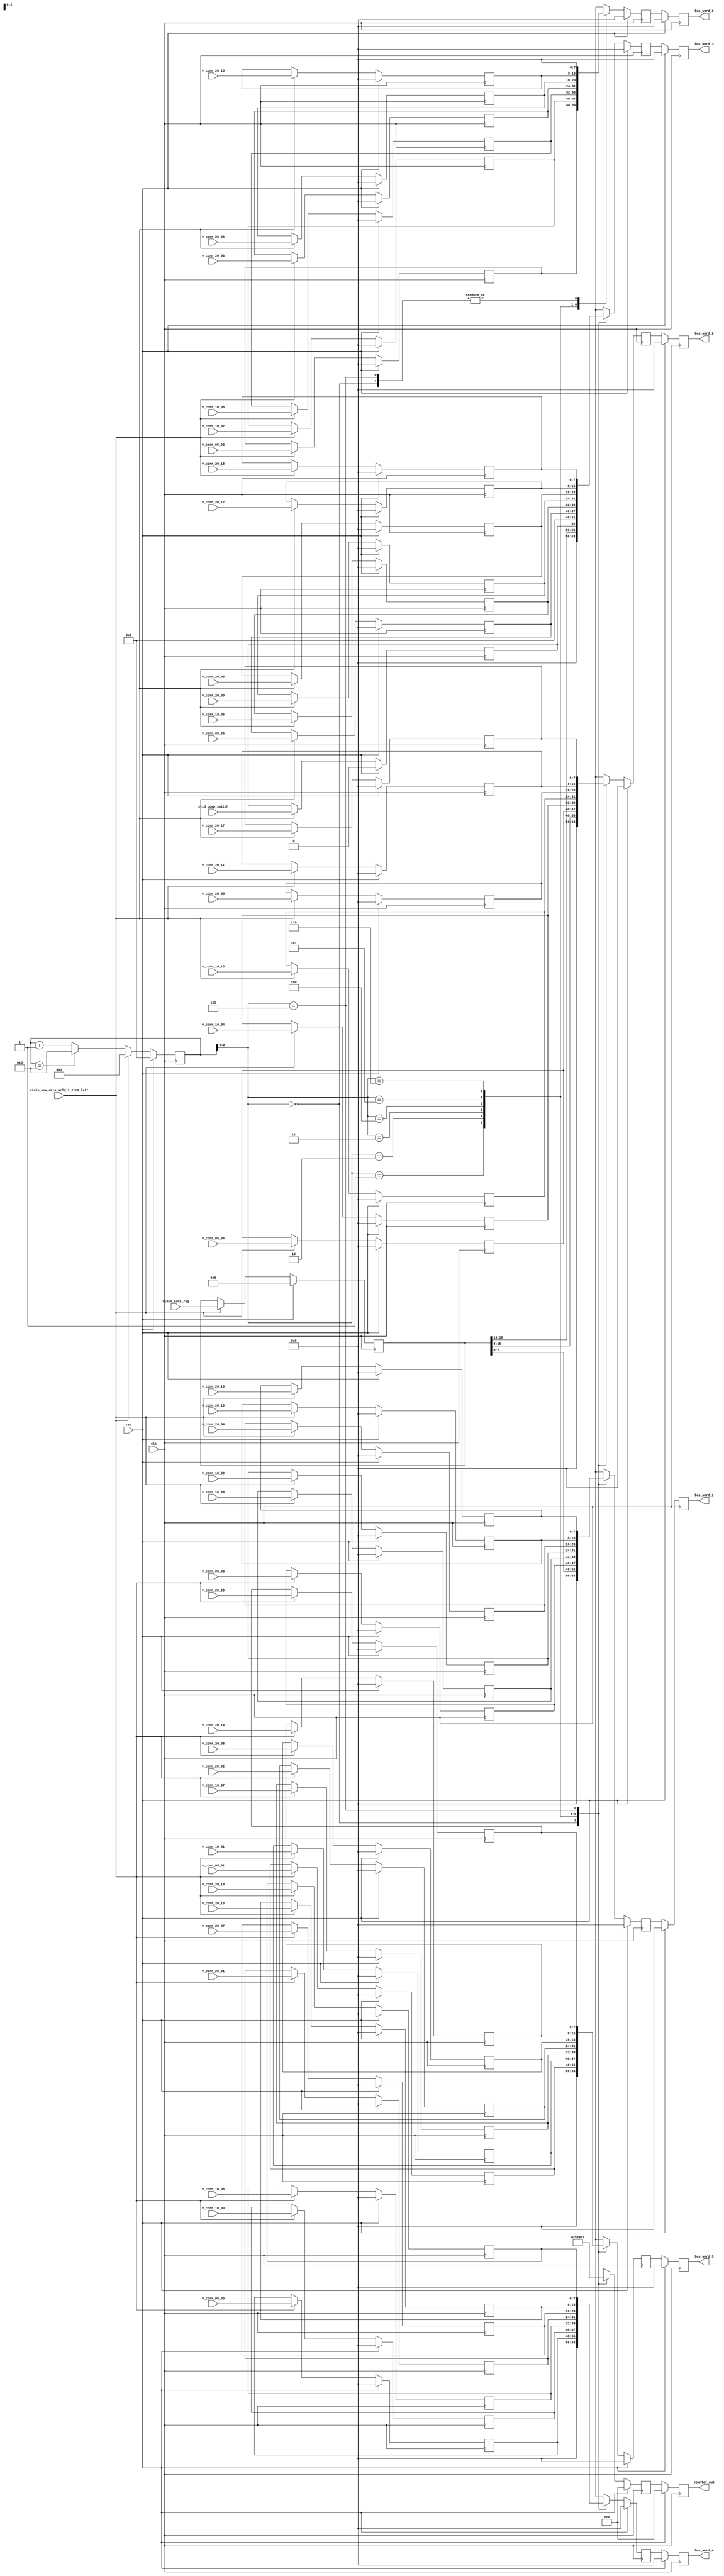

module port_bus_1to0 (clk, vidin_addr_reg, svid_comp_switch, vidin_new_data_scld_1_2to3_left, v_corr_05_00, v_corr_05_01, v_corr_05_02, v_corr_05_03, v_corr_05_04, v_corr_05_05, v_corr_10_00, v_corr_10_01, v_corr_10_02, v_corr_10_03, v_corr_10_04, v_corr_10_05, v_corr_10_06, v_corr_10_07, v_corr_10_08, v_corr_10_09, v_corr_10_10, v_corr_20_00, v_corr_20_01, v_corr_20_02, v_corr_20_03, v_corr_20_04, v_corr_20_05, v_corr_20_06, v_corr_20_07, v_corr_20_08, v_corr_20_09, v_corr_20_10, v_corr_20_11, v_corr_20_12, v_corr_20_13, v_corr_20_14, v_corr_20_15, v_corr_20_16, v_corr_20_17, v_corr_20_18, v_corr_20_19, v_corr_20_20, bus_word_1, bus_word_2, bus_word_3, bus_word_4, bus_word_5, bus_word_6, counter_out, rst);

   parameter corr_res_w  = 4'b1000;
   input rst; 
   input clk; 
   input[18:0] vidin_addr_reg; 
   input svid_comp_switch; 
   input vidin_new_data_scld_1_2to3_left; 
   input[corr_res_w - 1:0] v_corr_05_00; 
   input[corr_res_w - 1:0] v_corr_05_01; 
   input[corr_res_w - 1:0] v_corr_05_02; 
   input[corr_res_w - 1:0] v_corr_05_03; 
   input[corr_res_w - 1:0] v_corr_05_04; 
   input[corr_res_w - 1:0] v_corr_05_05; 
   input[corr_res_w - 1:0] v_corr_10_00; 
   input[corr_res_w - 1:0] v_corr_10_01; 
   input[corr_res_w - 1:0] v_corr_10_02; 
   input[corr_res_w - 1:0] v_corr_10_03; 
   input[corr_res_w - 1:0] v_corr_10_04; 
   input[corr_res_w - 1:0] v_corr_10_05; 
   input[corr_res_w - 1:0] v_corr_10_06; 
   input[corr_res_w - 1:0] v_corr_10_07; 
   input[corr_res_w - 1:0] v_corr_10_08; 
   input[corr_res_w - 1:0] v_corr_10_09; 
   input[corr_res_w - 1:0] v_corr_10_10; 
   input[corr_res_w - 1:0] v_corr_20_00; 
   input[corr_res_w - 1:0] v_corr_20_01; 
   input[corr_res_w - 1:0] v_corr_20_02; 
   input[corr_res_w - 1:0] v_corr_20_03; 
   input[corr_res_w - 1:0] v_corr_20_04; 
   input[corr_res_w - 1:0] v_corr_20_05; 
   input[corr_res_w - 1:0] v_corr_20_06; 
   input[corr_res_w - 1:0] v_corr_20_07; 
   input[corr_res_w - 1:0] v_corr_20_08; 
   input[corr_res_w - 1:0] v_corr_20_09; 
   input[corr_res_w - 1:0] v_corr_20_10; 
   input[corr_res_w - 1:0] v_corr_20_11; 
   input[corr_res_w - 1:0] v_corr_20_12; 
   input[corr_res_w - 1:0] v_corr_20_13; 
   input[corr_res_w - 1:0] v_corr_20_14; 
   input[corr_res_w - 1:0] v_corr_20_15; 
   input[corr_res_w - 1:0] v_corr_20_16; 
   input[corr_res_w - 1:0] v_corr_20_17; 
   input[corr_res_w - 1:0] v_corr_20_18; 
   input[corr_res_w - 1:0] v_corr_20_19; 
   input[corr_res_w - 1:0] v_corr_20_20; 
   output[7:0] bus_word_1; 
   reg[7:0] bus_word_1;
   output[7:0] bus_word_2; 
   reg[7:0] bus_word_2;
   output[7:0] bus_word_3; 
   reg[7:0] bus_word_3;
   output[7:0] bus_word_4; 
   reg[7:0] bus_word_4;
   output[7:0] bus_word_5; 
   reg[7:0] bus_word_5;
   output[7:0] bus_word_6; 
   reg[7:0] bus_word_6;
   output[2:0] counter_out; 
   reg[2:0] counter_out;

   reg[7:0] bus_word_1_tmp; 
   reg[7:0] bus_word_2_tmp; 
   reg[7:0] bus_word_3_tmp; 
   reg[7:0] bus_word_4_tmp; 
   reg[7:0] bus_word_5_tmp; 
   reg[7:0] bus_word_6_tmp; 
   reg[18:0] vidin_addr_reg_tmp; 
   reg svid_comp_switch_tmp; 
   wire vidin_new_data_scld_1_2to3_left_tmp; 
   reg[3:0] counter; 
   reg[2:0] counter_out_tmp; 
   reg[corr_res_w - 1:0] v_corr_05_00_tmp; 
   reg[corr_res_w - 1:0] v_corr_05_01_tmp; 
   reg[corr_res_w - 1:0] v_corr_05_02_tmp; 
   reg[corr_res_w - 1:0] v_corr_05_03_tmp; 
   reg[corr_res_w - 1:0] v_corr_05_04_tmp; 
   reg[corr_res_w - 1:0] v_corr_05_05_tmp; 
   reg[corr_res_w - 1:0] v_corr_10_00_tmp; 
   reg[corr_res_w - 1:0] v_corr_10_01_tmp; 
   reg[corr_res_w - 1:0] v_corr_10_02_tmp; 
   reg[corr_res_w - 1:0] v_corr_10_03_tmp; 
   reg[corr_res_w - 1:0] v_corr_10_04_tmp; 
   reg[corr_res_w - 1:0] v_corr_10_05_tmp; 
   reg[corr_res_w - 1:0] v_corr_10_06_tmp; 
   reg[corr_res_w - 1:0] v_corr_10_07_tmp; 
   reg[corr_res_w - 1:0] v_corr_10_08_tmp; 
   reg[corr_res_w - 1:0] v_corr_10_09_tmp; 
   reg[corr_res_w - 1:0] v_corr_10_10_tmp; 
   reg[corr_res_w - 1:0] v_corr_20_00_tmp; 
   reg[corr_res_w - 1:0] v_corr_20_01_tmp; 
   reg[corr_res_w - 1:0] v_corr_20_02_tmp; 
   reg[corr_res_w - 1:0] v_corr_20_03_tmp; 
   reg[corr_res_w - 1:0] v_corr_20_04_tmp; 
   reg[corr_res_w - 1:0] v_corr_20_05_tmp; 
   reg[corr_res_w - 1:0] v_corr_20_06_tmp; 
   reg[corr_res_w - 1:0] v_corr_20_07_tmp; 
   reg[corr_res_w - 1:0] v_corr_20_08_tmp; 
   reg[corr_res_w - 1:0] v_corr_20_09_tmp; 
   reg[corr_res_w - 1:0] v_corr_20_10_tmp; 
   reg[corr_res_w - 1:0] v_corr_20_11_tmp; 
   reg[corr_res_w - 1:0] v_corr_20_12_tmp; 
   reg[corr_res_w - 1:0] v_corr_20_13_tmp; 
   reg[corr_res_w - 1:0] v_corr_20_14_tmp; 
   reg[corr_res_w - 1:0] v_corr_20_15_tmp; 
   reg[corr_res_w - 1:0] v_corr_20_16_tmp; 
   reg[corr_res_w - 1:0] v_corr_20_17_tmp; 
   reg[corr_res_w - 1:0] v_corr_20_18_tmp; 
   reg[corr_res_w - 1:0] v_corr_20_19_tmp; 
   reg[corr_res_w - 1:0] v_corr_20_20_tmp; 

   always @(posedge clk)
   begin
	if (rst) 
	begin 
		counter <= 0; 
		counter_out_tmp <= 3'b000 ; 
		bus_word_1_tmp <= 8'b00000000 ; 
		bus_word_2_tmp <= 8'b00000000 ; 
		bus_word_3_tmp <= 8'b00000000 ; 
		bus_word_4_tmp <= 8'b00000000 ; 
		bus_word_5_tmp <= 8'b00000000 ; 
		bus_word_6_tmp <= 8'b00000000 ; 
	end 
	else 
	begin 
         if (vidin_new_data_scld_1_2to3_left == 1'b1)
         begin
            counter <= 4'b0001 ; 
         end
         else
         begin
            if (counter == 4'b1000)
            begin
               counter <= 4'b1000 ; 
            end
            else
            begin
               counter <= counter + 1 ; 
            end 
         end 
         case (counter[2:0])
            3'b000 :
                     begin
                        counter_out_tmp <= 3'b000 ; 
                        bus_word_1_tmp <= 8'b00000000 ; 
                        bus_word_2_tmp <= 8'b00000000 ; 
                        bus_word_3_tmp <= 8'b00000000 ; 
                        bus_word_4_tmp <= 8'b00000000 ; 
                        bus_word_5_tmp <= 8'b00000000 ; 
                        bus_word_6_tmp <= 8'b00000000 ; 
                     end
            3'b001 :
                     begin
                        counter_out_tmp <= 3'b001 ; 
                        bus_word_1_tmp <= vidin_addr_reg_tmp[7:0] ; 
                        bus_word_2_tmp <= vidin_addr_reg_tmp[15:8] ; 
                        bus_word_3_tmp <= {vidin_addr_reg_tmp[18:16], svid_comp_switch_tmp, 4'b0000} ; 
                        bus_word_4_tmp <= v_corr_05_00_tmp ; 
                        bus_word_5_tmp <= v_corr_05_01_tmp ; 
                        bus_word_6_tmp <= v_corr_05_02_tmp ; 
                     end
            3'b010 :
                     begin
                        counter_out_tmp <= 3'b010 ; 
                        bus_word_1_tmp <= v_corr_05_03_tmp ; 
                        bus_word_2_tmp <= v_corr_05_04_tmp ; 
                        bus_word_3_tmp <= v_corr_05_05_tmp ; 
                        bus_word_4_tmp <= v_corr_10_00_tmp ; 
                        bus_word_5_tmp <= v_corr_10_01_tmp ; 
                        bus_word_6_tmp <= v_corr_10_02_tmp ; 
                     end
            3'b011 :
                     begin
                        counter_out_tmp <= 3'b011 ; 
                        bus_word_1_tmp <= v_corr_10_03_tmp ; 
                        bus_word_2_tmp <= v_corr_10_04_tmp ; 
                        bus_word_3_tmp <= v_corr_10_05_tmp ; 
                        bus_word_4_tmp <= v_corr_10_06_tmp ; 
                        bus_word_5_tmp <= v_corr_10_07_tmp ; 
                        bus_word_6_tmp <= v_corr_10_08_tmp ; 
                     end
            3'b100 :
                     begin
                        counter_out_tmp <= 3'b100 ; 
                        bus_word_1_tmp <= v_corr_10_09_tmp ; 
                        bus_word_2_tmp <= v_corr_10_10_tmp ; 
                        bus_word_3_tmp <= v_corr_20_00_tmp ; 
                        bus_word_4_tmp <= v_corr_20_01_tmp ; 
                        bus_word_5_tmp <= v_corr_20_02_tmp ; 
                        bus_word_6_tmp <= v_corr_20_03_tmp ; 
                     end
            3'b101 :

                     begin
                        counter_out_tmp <= 3'b101 ; 
                        bus_word_1_tmp <= v_corr_20_04_tmp ; 
                        bus_word_2_tmp <= v_corr_20_05_tmp ; 
                        bus_word_3_tmp <= v_corr_20_06_tmp ; 
                        bus_word_4_tmp <= v_corr_20_07_tmp ; 
                        bus_word_5_tmp <= v_corr_20_08_tmp ; 
                        bus_word_6_tmp <= v_corr_20_09_tmp ; 
                     end
            3'b110 :
                     begin
                        counter_out_tmp <= 3'b110 ; 
                        bus_word_1_tmp <= v_corr_20_10_tmp ; 
                        bus_word_2_tmp <= v_corr_20_11_tmp ; 
                        bus_word_3_tmp <= v_corr_20_12_tmp ; 
                        bus_word_4_tmp <= v_corr_20_13_tmp ; 
                        bus_word_5_tmp <= v_corr_20_14_tmp ; 
                        bus_word_6_tmp <= v_corr_20_15_tmp ; 
                     end
            3'b111 :
                     begin
                        counter_out_tmp <= 3'b111 ; 
                        bus_word_1_tmp <= v_corr_20_16_tmp ; 
                        bus_word_2_tmp <= v_corr_20_17_tmp ; 
                        bus_word_3_tmp <= v_corr_20_18_tmp ; 
                        bus_word_4_tmp <= v_corr_20_19_tmp ; 
                        bus_word_5_tmp <= v_corr_20_20_tmp ; 
                        bus_word_6_tmp <= 8'b00000000 ; 
                     end
            default :
                     begin
                        counter_out_tmp <= 3'b111 ; 
                        bus_word_1_tmp <= v_corr_20_16_tmp ; 
                        bus_word_2_tmp <= v_corr_20_17_tmp ; 
                        bus_word_3_tmp <= v_corr_20_18_tmp ; 
                        bus_word_4_tmp <= v_corr_20_19_tmp ; 
                        bus_word_5_tmp <= v_corr_20_20_tmp ; 
                        bus_word_6_tmp <= 8'b00000000 ; 
                     end
         endcase 
	end 
   end 

   always @(posedge clk)
   begin
	if (rst) 
	begin 
         counter_out <= 0; 
         bus_word_1 <= 0; 
         bus_word_2 <= 0; 
         bus_word_3 <= 0; 
         bus_word_4 <= 0; 
         bus_word_5 <= 0; 
         bus_word_6 <= 0; 
	end 
	else 
	begin 
		 counter_out <= counter_out_tmp ; 
		 bus_word_1 <= bus_word_1_tmp ; 
		 bus_word_2 <= bus_word_2_tmp ; 
		 bus_word_3 <= bus_word_3_tmp ; 
		 bus_word_4 <= bus_word_4_tmp ; 
		 bus_word_5 <= bus_word_5_tmp ; 
		 bus_word_6 <= bus_word_6_tmp ; 
	end 
	

	if (rst)
	begin 
            vidin_addr_reg_tmp <= 0; 
            svid_comp_switch_tmp <= 0; 
            v_corr_05_00_tmp <= 0 ; 
            v_corr_05_01_tmp <= 0 ; 
            v_corr_05_02_tmp <= 0 ; 
            v_corr_05_03_tmp <= 0; 
            v_corr_05_04_tmp <= 0 ; 
            v_corr_05_05_tmp <= 0 ; 
            v_corr_10_00_tmp <= 0 ; 
            v_corr_10_01_tmp <= 0 ; 
            v_corr_10_02_tmp <= 0 ; 
            v_corr_10_03_tmp <= 0 ; 
            v_corr_10_04_tmp <= 0 ; 
            v_corr_10_05_tmp <= 0 ; 
            v_corr_10_06_tmp <= 0 ; 
            v_corr_10_07_tmp <= 0; 
            v_corr_10_08_tmp <= 0; 
            v_corr_10_09_tmp <= 0; 
            v_corr_10_10_tmp <= 0; 
            v_corr_20_00_tmp <= 0; 
            v_corr_20_01_tmp <= 0; 
            v_corr_20_02_tmp <= 0; 
            v_corr_20_03_tmp <= 0; 
            v_corr_20_04_tmp <= 0; 
            v_corr_20_05_tmp <= 0; 
            v_corr_20_06_tmp <= 0; 
            v_corr_20_07_tmp <= 0; 
            v_corr_20_08_tmp <= 0; 
            v_corr_20_09_tmp <= 0; 
            v_corr_20_10_tmp <= 0; 
            v_corr_20_11_tmp <= 0; 
            v_corr_20_12_tmp <= 0; 
            v_corr_20_13_tmp <= 0; 
            v_corr_20_14_tmp <= 0; 
            v_corr_20_15_tmp <= 0; 
            v_corr_20_16_tmp <= 0; 
            v_corr_20_17_tmp <= 0; 
            v_corr_20_18_tmp <= 0; 
            v_corr_20_19_tmp <= 0; 
            v_corr_20_20_tmp <= 0; 		
	end 
	else if (vidin_new_data_scld_1_2to3_left == 1'b1)
         begin
            vidin_addr_reg_tmp <= vidin_addr_reg ; 
            svid_comp_switch_tmp <= svid_comp_switch ; 
            v_corr_05_00_tmp <= v_corr_05_00 ; 
            v_corr_05_01_tmp <= v_corr_05_01 ; 
            v_corr_05_02_tmp <= v_corr_05_02 ; 
            v_corr_05_03_tmp <= v_corr_05_03 ; 
            v_corr_05_04_tmp <= v_corr_05_04 ; 
            v_corr_05_05_tmp <= v_corr_05_05 ; 
            v_corr_10_00_tmp <= v_corr_10_00 ; 
            v_corr_10_01_tmp <= v_corr_10_01 ; 
            v_corr_10_02_tmp <= v_corr_10_02 ; 
           v_corr_10_03_tmp <= v_corr_10_03 ; 
            v_corr_10_04_tmp <= v_corr_10_04 ; 
            v_corr_10_05_tmp <= v_corr_10_05 ; 
            v_corr_10_06_tmp <= v_corr_10_06 ; 
            v_corr_10_07_tmp <= v_corr_10_07 ; 
            v_corr_10_08_tmp <= v_corr_10_08 ; 
            v_corr_10_09_tmp <= v_corr_10_09 ; 
            v_corr_10_10_tmp <= v_corr_10_10 ; 
            v_corr_20_00_tmp <= v_corr_20_00 ; 
            v_corr_20_01_tmp <= v_corr_20_01 ; 
            v_corr_20_02_tmp <= v_corr_20_02 ; 
            v_corr_20_03_tmp <= v_corr_20_03 ; 
            v_corr_20_04_tmp <= v_corr_20_04 ; 
            v_corr_20_05_tmp <= v_corr_20_05 ; 
            v_corr_20_06_tmp <= v_corr_20_06 ; 
            v_corr_20_07_tmp <= v_corr_20_07 ; 
            v_corr_20_08_tmp <= v_corr_20_08 ; 
            v_corr_20_09_tmp <= v_corr_20_09 ; 
            v_corr_20_10_tmp <= v_corr_20_10 ; 
            v_corr_20_11_tmp <= v_corr_20_11 ; 
            v_corr_20_12_tmp <= v_corr_20_12 ; 
            v_corr_20_13_tmp <= v_corr_20_13 ; 
            v_corr_20_14_tmp <= v_corr_20_14 ; 
            v_corr_20_15_tmp <= v_corr_20_15 ; 
            v_corr_20_16_tmp <= v_corr_20_16 ; 
            v_corr_20_17_tmp <= v_corr_20_17 ; 
            v_corr_20_18_tmp <= v_corr_20_18 ; 
            v_corr_20_19_tmp <= v_corr_20_19 ; 
            v_corr_20_20_tmp <= v_corr_20_20 ; 
         end 
         else
         begin
            vidin_addr_reg_tmp <= vidin_addr_reg_tmp ; 
            svid_comp_switch_tmp <= svid_comp_switch_tmp ; 
            v_corr_05_00_tmp <= v_corr_05_00_tmp ; 
            v_corr_05_01_tmp <= v_corr_05_01_tmp ; 
            v_corr_05_02_tmp <= v_corr_05_02_tmp ; 
            v_corr_05_03_tmp <= v_corr_05_03_tmp ; 
            v_corr_05_04_tmp <= v_corr_05_04_tmp ; 
            v_corr_05_05_tmp <= v_corr_05_05_tmp ; 
            v_corr_10_00_tmp <= v_corr_10_00_tmp ; 
            v_corr_10_01_tmp <= v_corr_10_01_tmp ; 
            v_corr_10_02_tmp <= v_corr_10_02_tmp ; 
           v_corr_10_03_tmp <= v_corr_10_03_tmp ; 
            v_corr_10_04_tmp <= v_corr_10_04_tmp ; 
            v_corr_10_05_tmp <= v_corr_10_05_tmp ; 
            v_corr_10_06_tmp <= v_corr_10_06_tmp ; 
            v_corr_10_07_tmp <= v_corr_10_07_tmp ; 
            v_corr_10_08_tmp <= v_corr_10_08_tmp ; 
            v_corr_10_09_tmp <= v_corr_10_09_tmp ; 
            v_corr_10_10_tmp <= v_corr_10_10_tmp ; 
            v_corr_20_00_tmp <= v_corr_20_00_tmp ; 
            v_corr_20_01_tmp <= v_corr_20_01_tmp ; 
            v_corr_20_02_tmp <= v_corr_20_02_tmp ; 
            v_corr_20_03_tmp <= v_corr_20_03_tmp ; 
            v_corr_20_04_tmp <= v_corr_20_04_tmp ; 
            v_corr_20_05_tmp <= v_corr_20_05_tmp ; 
            v_corr_20_06_tmp <= v_corr_20_06_tmp ; 
            v_corr_20_07_tmp <= v_corr_20_07_tmp ; 
            v_corr_20_08_tmp <= v_corr_20_08_tmp ; 
            v_corr_20_09_tmp <= v_corr_20_09_tmp ; 
            v_corr_20_10_tmp <= v_corr_20_10_tmp ; 
            v_corr_20_11_tmp <= v_corr_20_11_tmp ; 
            v_corr_20_12_tmp <= v_corr_20_12_tmp ; 
            v_corr_20_13_tmp <= v_corr_20_13_tmp ; 
            v_corr_20_14_tmp <= v_corr_20_14_tmp ; 
            v_corr_20_15_tmp <= v_corr_20_15_tmp ; 
            v_corr_20_16_tmp <= v_corr_20_16_tmp ; 
            v_corr_20_17_tmp <= v_corr_20_17_tmp ; 
            v_corr_20_18_tmp <= v_corr_20_18_tmp ; 
            v_corr_20_19_tmp <= v_corr_20_19_tmp ; 
            v_corr_20_20_tmp <= v_corr_20_20_tmp ; 
         end 
   end 
endmodule